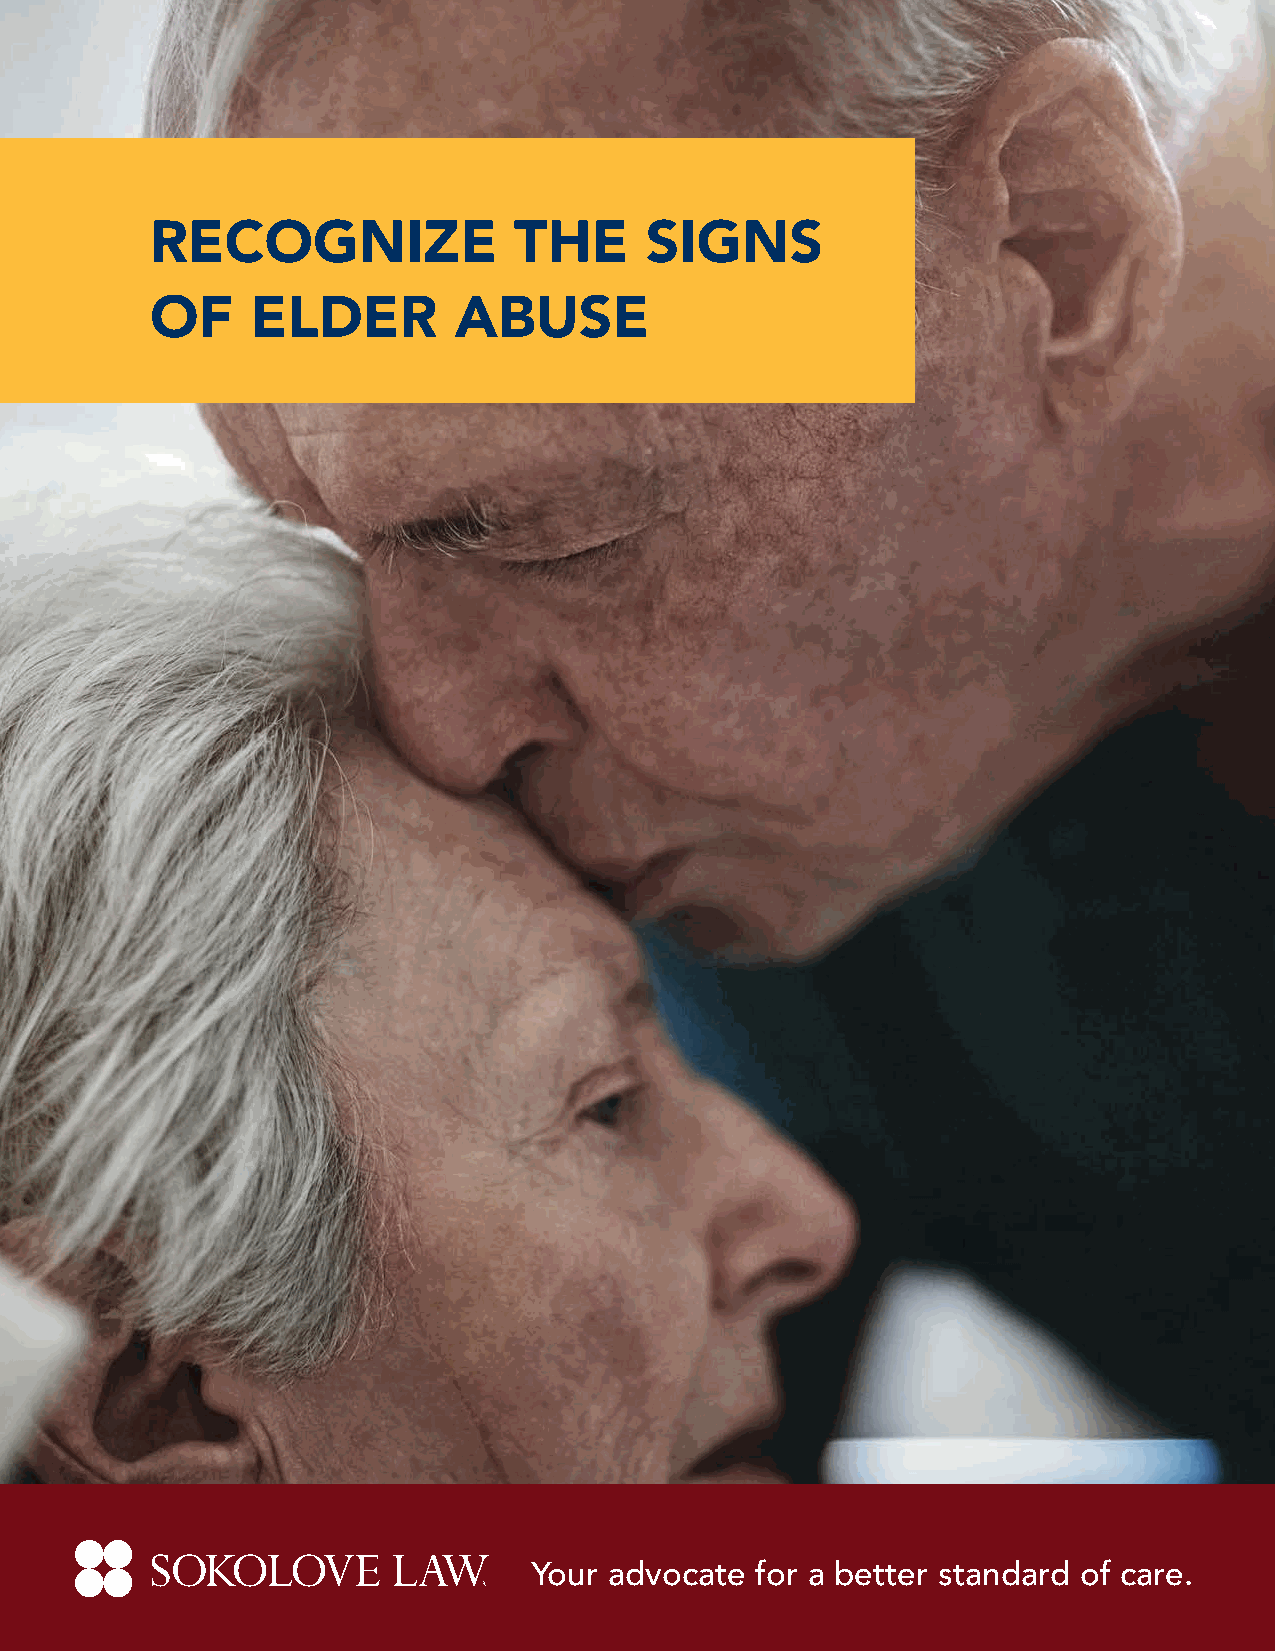
RECOGNIZE               THE      SIGNS
 OF     ELDER        ABUSE
 1
 Your advocate  for a better standard of care.